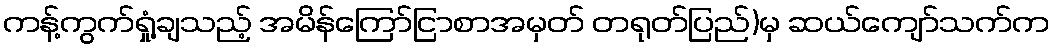
ကန့်ကွက်ရှုံ့ချသည့် အမိန်ကြော်ငြာစာအမှတ် တရုတ်ပြည်)မှ ဆယ်ကျော်သက်က